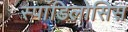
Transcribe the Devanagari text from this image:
स्पांडिलोसिस